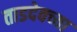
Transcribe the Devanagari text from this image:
ताडदेवच्या